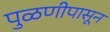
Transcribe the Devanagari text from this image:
पुळणीपासून